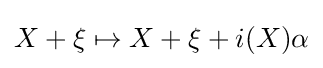
X+\xi \mapsto X+\xi +i(X)\alpha